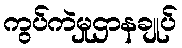
ကွပ်ကဲမှုဌာနချုပ်